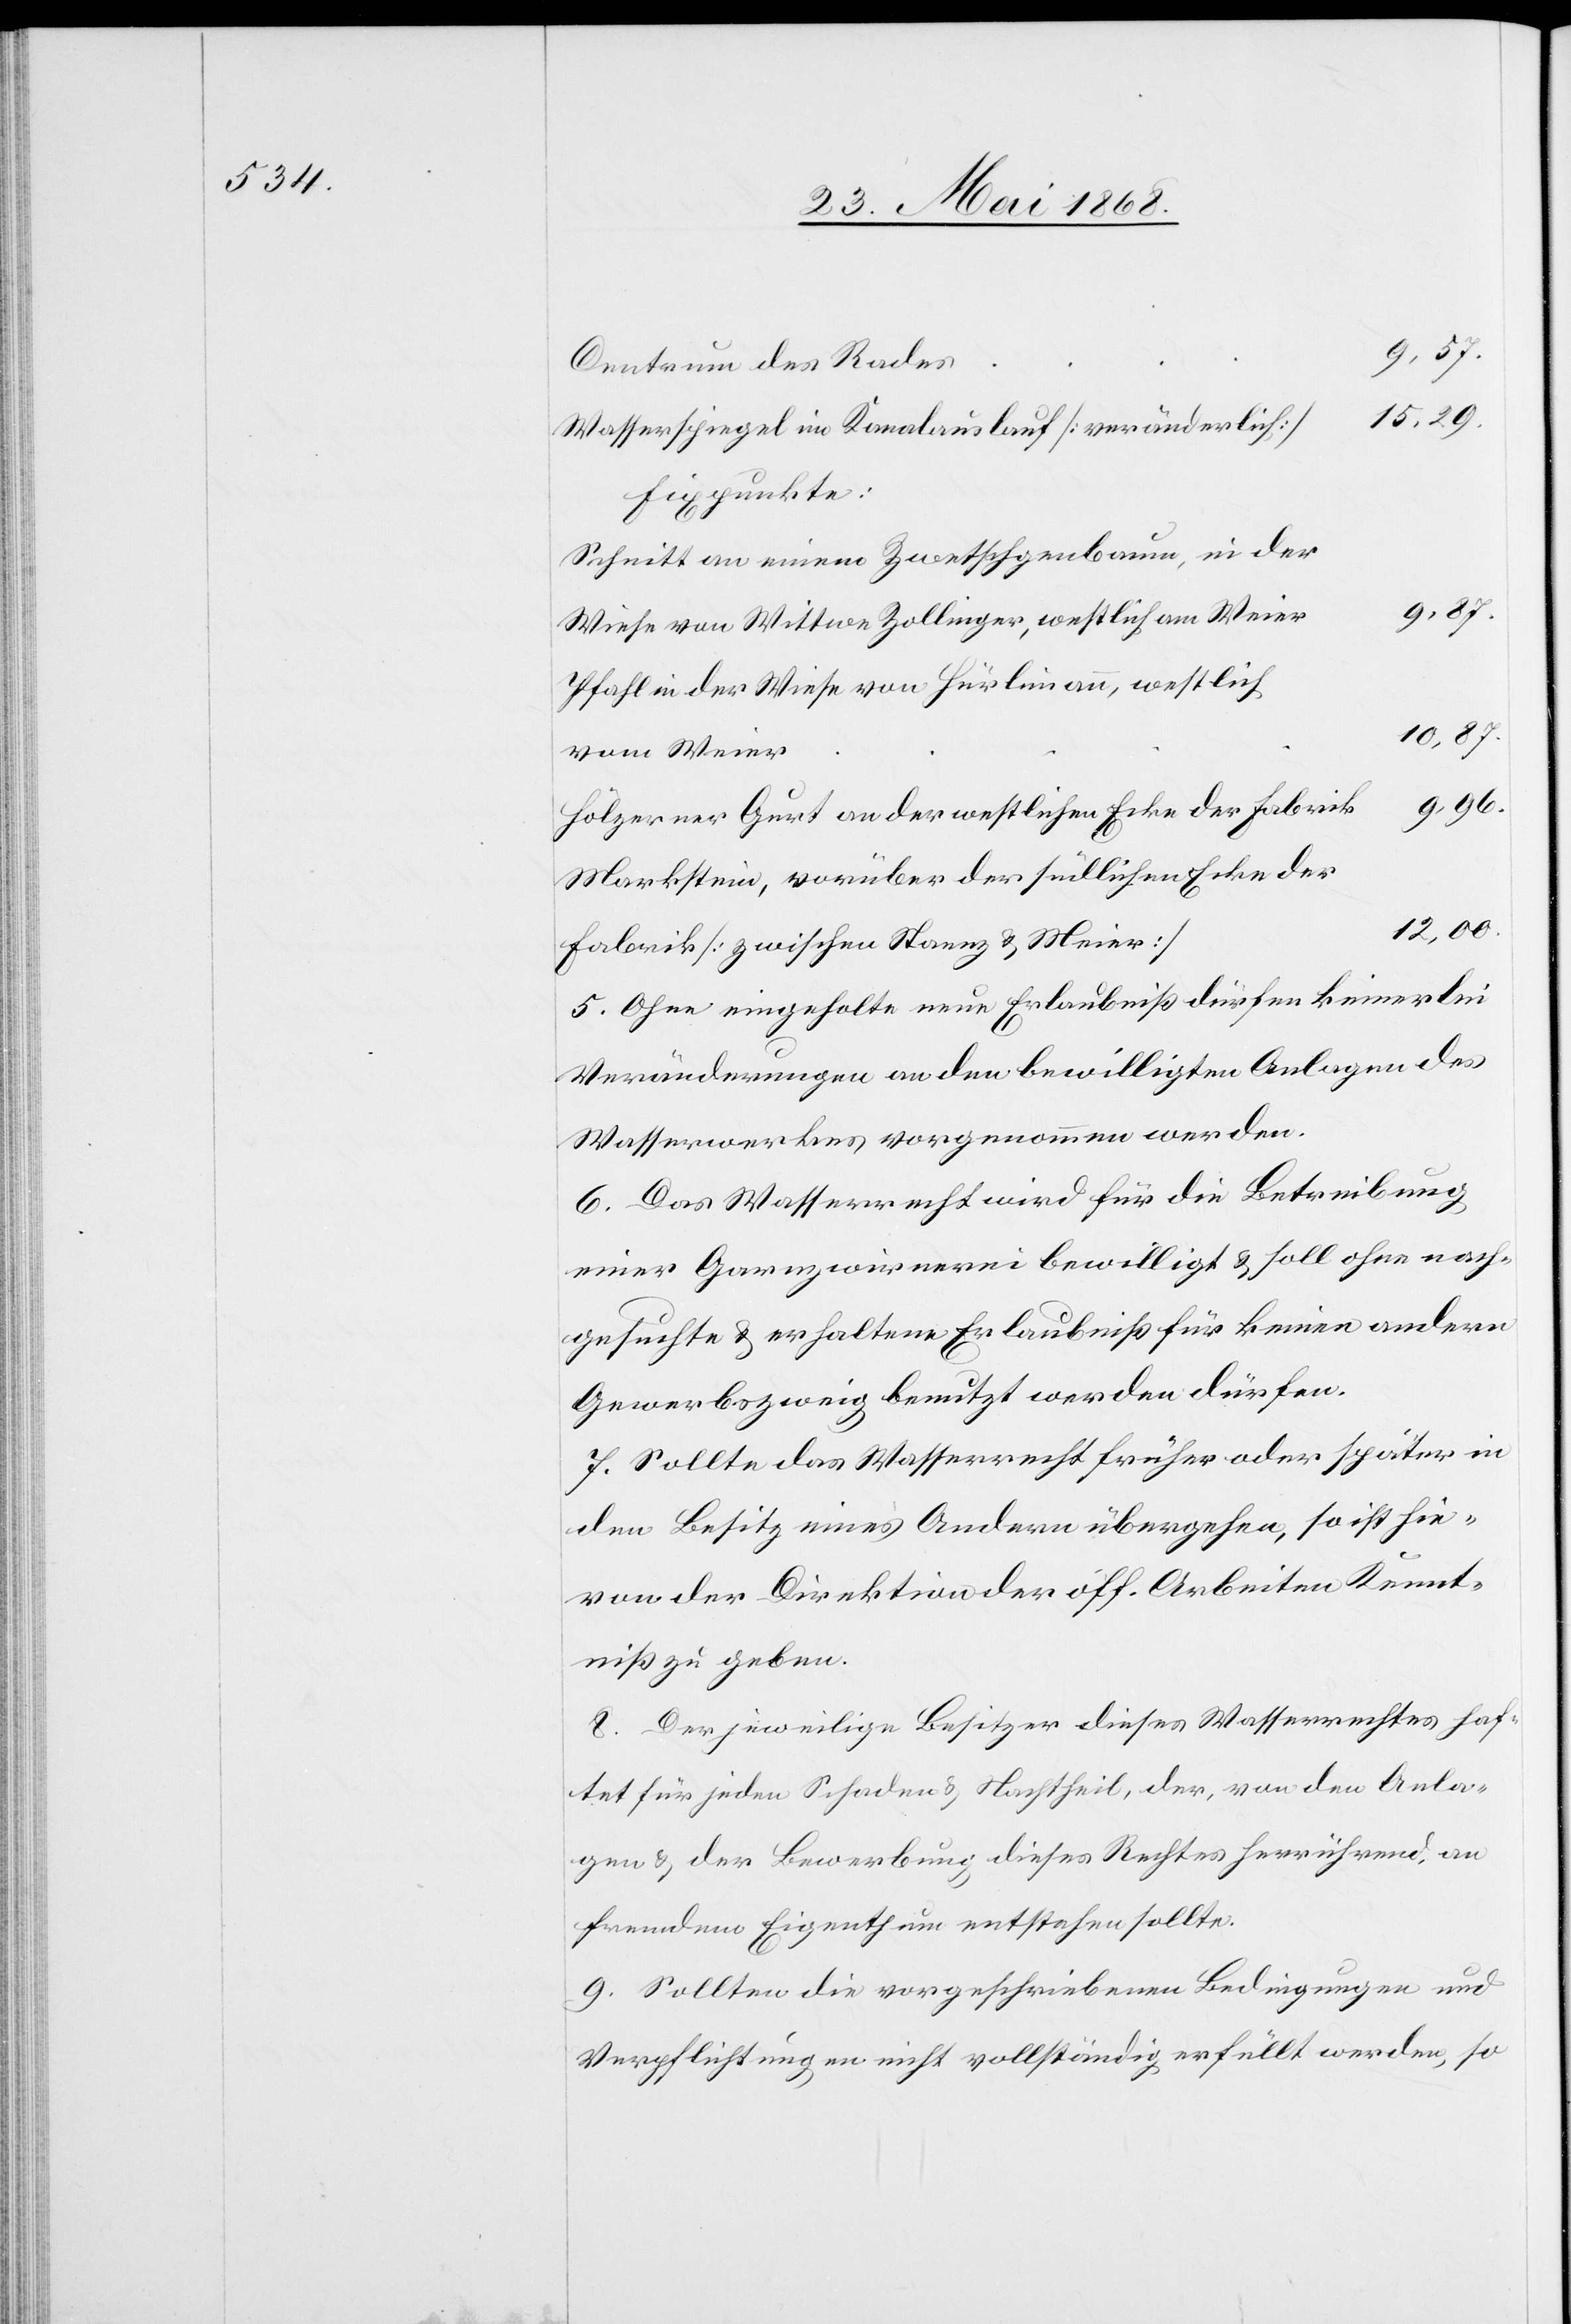
Centrum des Rades
15,29.
Wasserspiegel im Kanalauslauf [veränderlich]
Fixpunkte:
Schnitt an einem Zwetschgenbaum, in der
9,87.
Wiese von Wittwe Zollinger, westlich am Weier
Pfahl in der Wiese von Hürlimann, westlich
10,87.
vom Weier
9,96.
Hölzerner Gurt an der westlichen Ecke der Fabrik
12,00.
Fabrik [zwischen Staenz & Meier]
5. Ohne eingeholte neue Erlaubniß dürfen keinerlei
Veränderungen an den bewilligten Anlagen des
Wasserwerkes vorgenommen werden.
6. Das Wasserrecht wird für die Betreibung
einer Garnzwirnerei bewilligt & soll ohne nach¬
gesuchte & erhaltene Erlaubniß für keinen andern
Gewerbszweig benutzt werden dürfen.
7. Sollte das Wasserrecht früher oder später in
den Besitz eines Andern übergehen, so ist hie¬
von der Direktion der öff. Arbeiten Kennt¬
niß zu geben.
8. Der jeweilige Besitzer dieses Wasserrechtes haf¬
tet für jeden Schaden & Nachtheil, der, von den Anla¬
gen & der Bewerbung dieses Rechtes herrührend, an
fremdem Eigenthum entstehen sollte.
9. Sollten die vorgeschriebenen Bedingungen und
Verpflichtungen nicht vollständig erfüllt werden, so